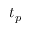
t _ { p }